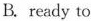
B. ready to